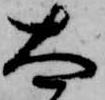
太